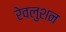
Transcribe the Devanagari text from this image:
रेवलुशन